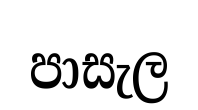
පාසැල